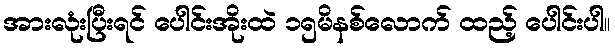
အားလုံးပြီးရင် ပေါင်းအိုးထဲ ၁၅မိနစ်လောက် ထည့် ပေါင်းပါ။